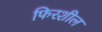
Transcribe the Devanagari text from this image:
फिरशील